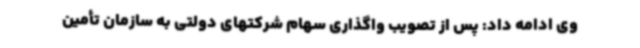
وی ادامه داد: پس از تصویب واگذاری سهام شرکتهای دولتی به سازمان تأمین